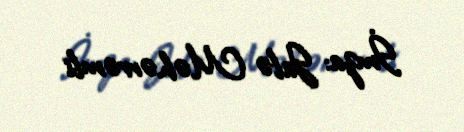
İmza: Jalə Məhərrəmli